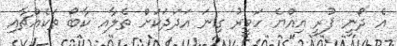
އެ ދޯނީ ފުރީ އިއްޔެ ހަވީރު ގިނަ އަދަދަކަށް ތެލާއ ކާބޯ ތަކެއްޗާއި